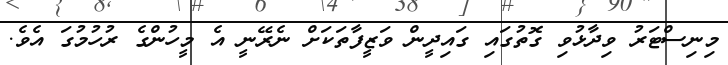
މިނިސްޓަރު ވިދާޅުވި ގޮތުގައި ގައިދީން ވަޒީފާތަކަށް ނެރޭނީ އެ މީހުންގެ ރުހުމުގަ އެވެ.